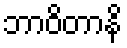
ဘာဝိတာနိ